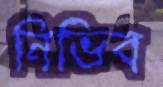
নিভিব